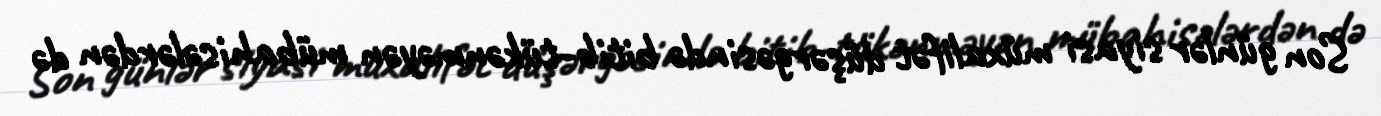
Son günlər siyasi müxalifət düşərgəsində bitib-tükənməyən mübahisələrdən də